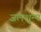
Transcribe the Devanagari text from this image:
जलशून्य